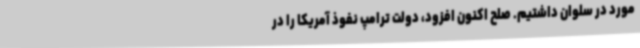
مورد در سلوان داشتیم. صلح اکنون افزود، دولت ترامپ نفوذ آمریکا را در